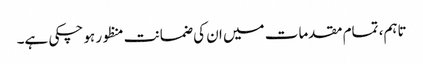
تاہم، تمام مقدمات میں ان کی ضمانت منظور ہو چکی ہے۔